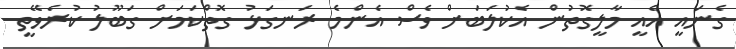
ގެނައީ އެއީ މާލީގޮތުން އެކުލަބަށް ވެސް އެންމެ ރަނގަޅު ގޮތްކަމަށް ގަބޫލު ކުރެވޭތީ